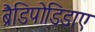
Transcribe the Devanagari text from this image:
ब्रैडिपोडिडाए